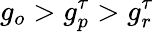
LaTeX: g_{o}>g_{p}^{\tau}>g_{r}^{\tau}